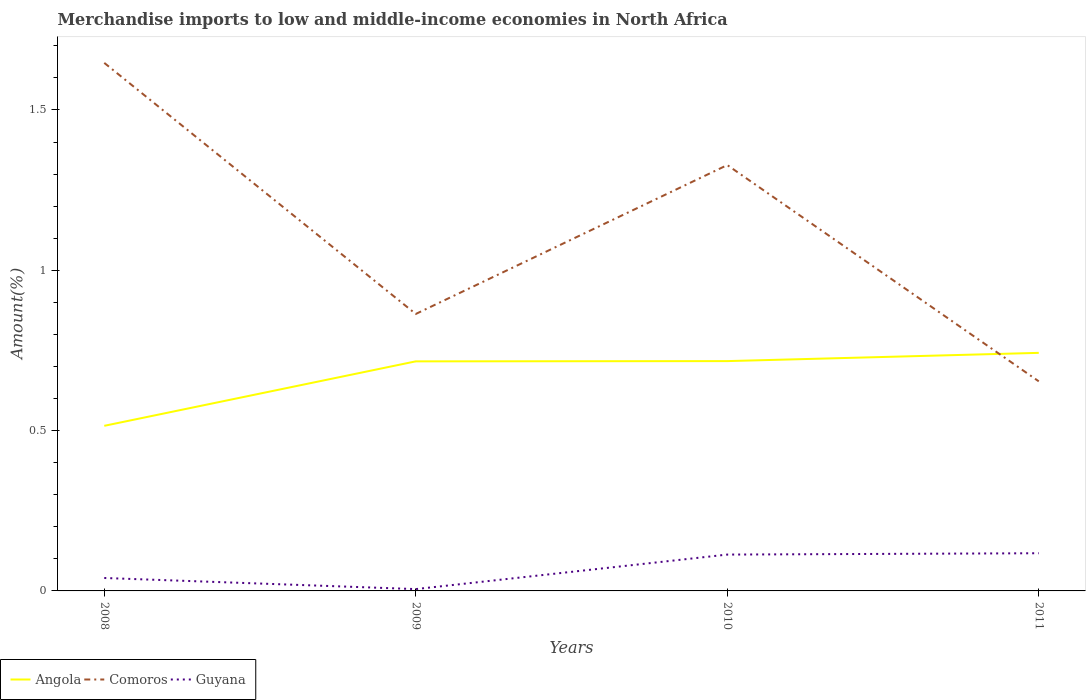
| Years | Angola | Comoros | Guyana |
 | --- | --- | --- | --- |
 | 2008 | 0.515 | 1.65 | 0.0403 |
 | 2009 | 0.716 | 0.864 | 0.00568 |
 | 2010 | 0.717 | 1.33 | 0.113 |
 | 2011 | 0.742 | 0.654 | 0.118 |